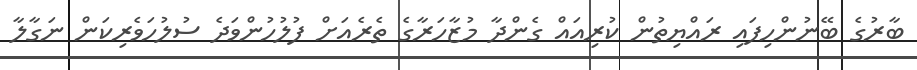
ބާރުގެ ބޭނުންހިފައި ރައްޔިތުން ކުރިއައް ގެންދާ މުޒާހަރާގެ ތެރެއަށް ފުލުހުންވަދެ ސުލުހަވެރިކަން ނަގާލާ